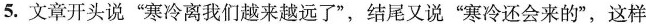
5.文章开头说”寒冷离我们越来越远了”，结尾又说”寒冷还会来的”，这样